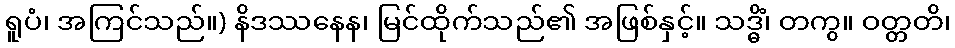
ရူပံ၊ အကြင်သည်။) နိဒဿနေန၊ မြင်ထိုက်သည်၏ အဖြစ်နှင့်။ သဒ္ဓိံ၊ တကွ။ ဝတ္တတိ၊